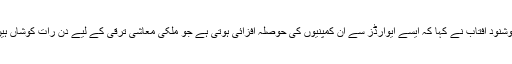
خوشنود آفتاب نے کہا کہ ایسے ایوارڈز سے ان کمپنیوں کی حوصلہ افزائی ہوتی ہے جو ملکی معاشی ترقی کے لیے دن رات کوشاں ہیں۔